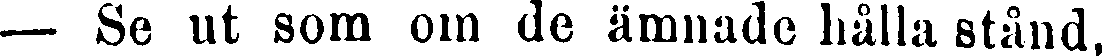
— Se ut som om de ämnade hålla stånd,